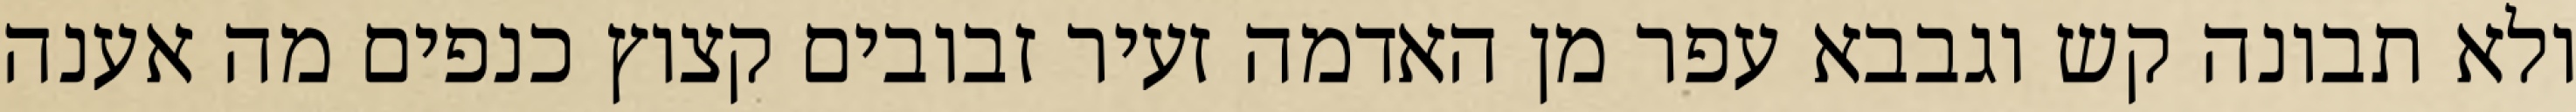
ולא תבונה קש וגבבא עפר מן האדמה זעיר זבובים קצוץ כנפים מה אענה